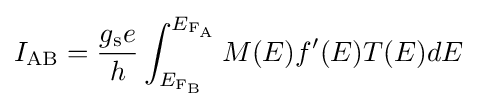
I_{\rm {AB}}={\frac {g_{\text{s}}e}{h}}\int _{E_{\rm {F_{B}}}}^{E_{\rm {F_{A}}}}M(E)f^{\prime }(E)T(E)dE